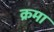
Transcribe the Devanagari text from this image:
क्रमा